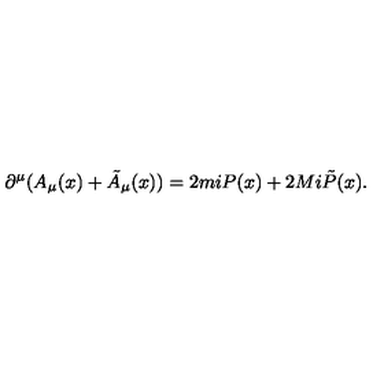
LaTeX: \partial ^ { \mu } ( A _ { \mu } ( x ) + \tilde { A } _ { \mu } ( x ) ) = 2 m i P ( x ) + 2 M i \tilde { P } ( x ) .